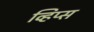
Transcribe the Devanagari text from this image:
व्हिप्स